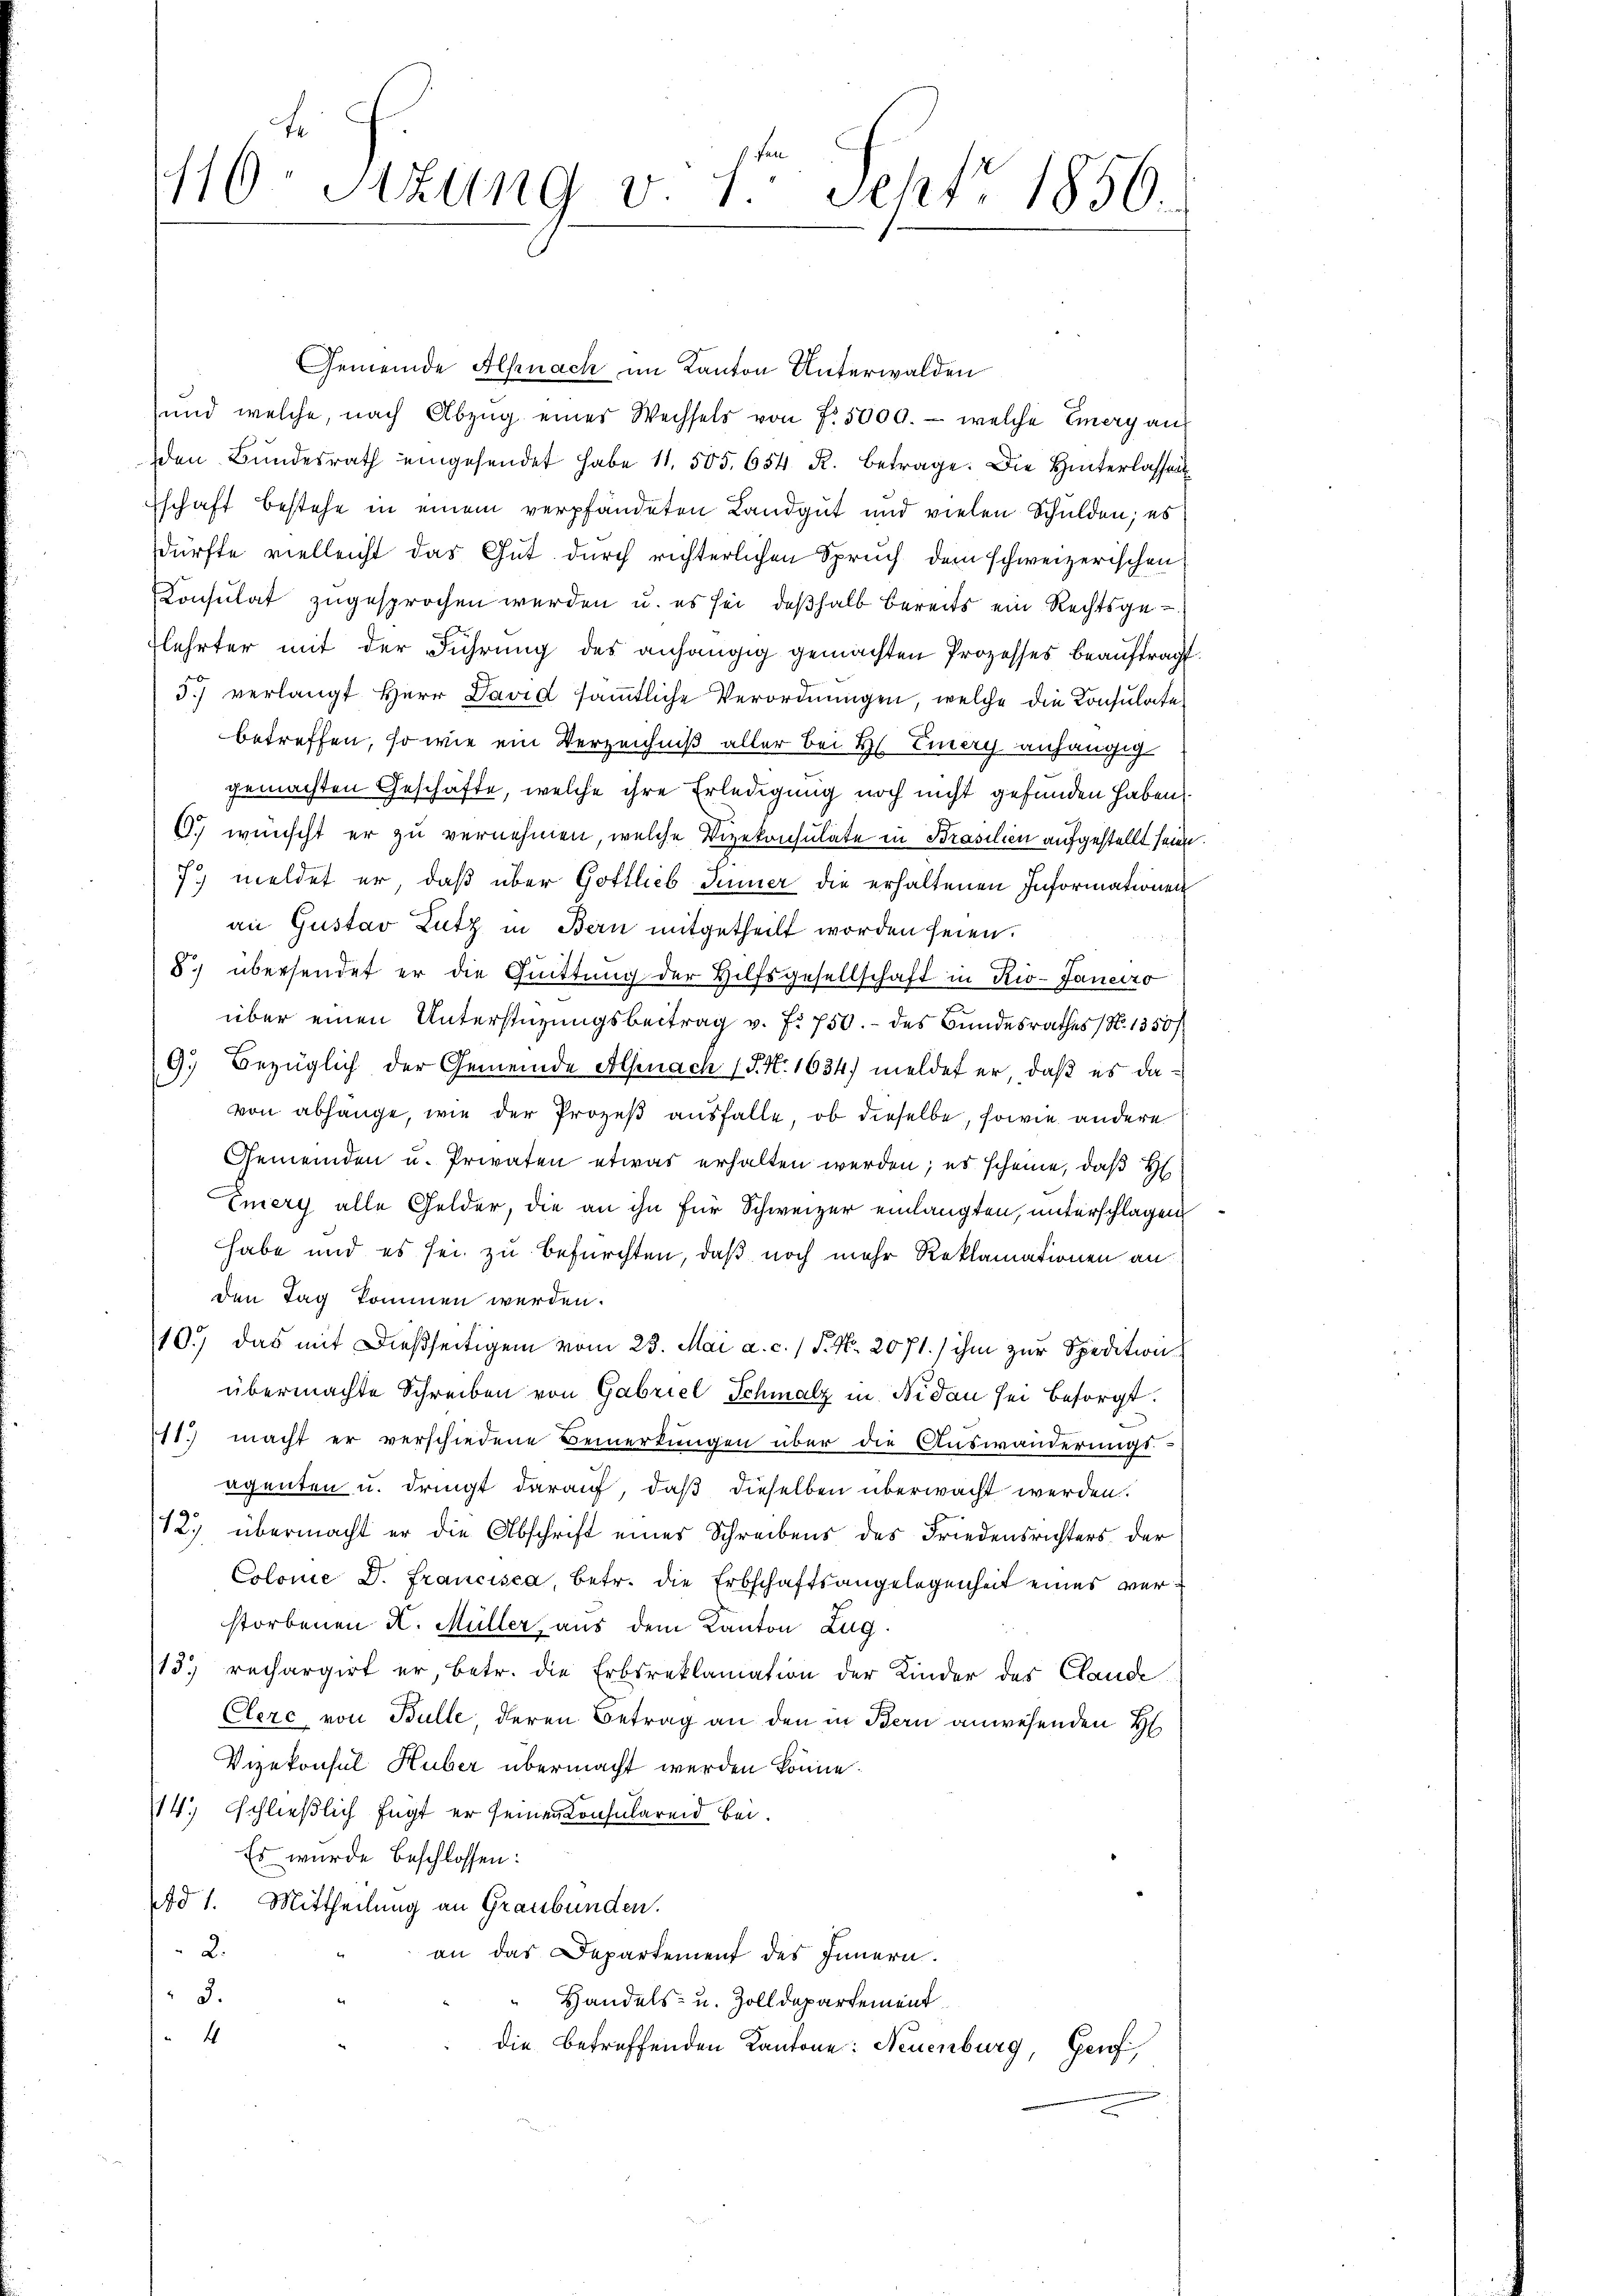
F
1/10 Stzung d. 1. Sept. 1850.

Gemeinde Alpnach im Kanton Unterwalden
sund welche, nach Abzŭg einer Wechsels von f. 5000.- welche Emery auf
den Bundesrath eingesendet habe 11. 505. 654 R. betrage. Die Hinterlassen
schaft bestehe in einem verpfändeten Landgut und vielen Schulden; es
dürfte vielleicht das Gut durch richterlichen Spruch dem schweizerischen
Consulat zugesprochen werden u. es sei, deßhalb bereits ein Rechtsgelehrter mit der Führung des anhängig gemachten Prozesses beauftrag
5.) verlangt Herr David sämmtliche Verordnungen, welche die Konsulate
betreffen, so wie ein Verzeichniß aller bei Hr. Einer anhängig
gemachten Geschäfte, welche ihre Erledigung noch nicht gefunden haben
C.) wünscht er zu vernehmen, welche Vizekonsulate in Prasilien aufgestellt seien
7. meldet er, daß über Gottlieb Sinner die erhaltenen Informationen
an Gustav Lutz in Bern mitgetheilt worden seien.
8) übersendet er die Quittung der Hilfsgesellschaft in Rio-Janeiro
über einen Unterstüzungsbeitrag v. f. 750.- des Bundesrathes (N. 1350/
9. Bezüglich der Gemeinde Alpnach (§. N. 1634) meldet er, daß es davon abhänge, wie der Prozeß ausfalle, ob dieselbe, sowie andere
Gemeinden u. Privaten etwas erhalten werden; es scheine, daß H
Emery alle Gelder, die an ihn für Schweizer einlangten, unterschlagen
habe und es sei zu befürchten, daß noch mehr Reklamationen an
den Tag kommen werden.
10.) Das mit dießseitigem vom 23. Mai a. c. 1 S. Nr. 2071.) ihm zur Speditionübermachte Schreiben von Gabriel Schmalz in Nidau sei besorgt.
11.) macht er verschiedene Bemerkungen über die Auswanderungs-
agenten u. dringt darauf, daß dieselben überwacht werden.
12. übermacht er die Abschrift eines Schreibens des Friedensrichters der
Colonie D. Francisca, betr. die Erbschaftsangelegenheit eines verstorbenen K. Müller aus dem Kanton Zug
13. rechargirt er, betr. die Erbsreklamation der Kinder des Claude
Clere von Bulle deren Betrag an den in Bern anwesenden H
Vizekonsul Huber übermacht werden könne.
14.) schließlich fügt er seinen Konsulareid bei.
Es wurde beschlossen:
Ad 1. Mittheilung an Graubünden.
2.
an das Departement des Innern.
3.
Handels- u. Zolldepartement
4
die betreffenden Kantone: Neuenburg, Genf,